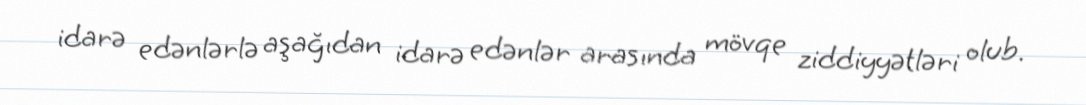
idarə edənlərlə aşağıdan idarə edənlər arasında mövqe ziddiyyətləri olub.